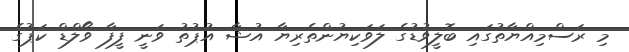
މި ރަސްމިއްޔާތުގައި ބޮލީވުޑުގެ ލަވަކިޔުންތެރިޔާ އުޝާ އުޕުތު ވަނީ ފީފާ ވޯލްޑް ކަޕުގެ